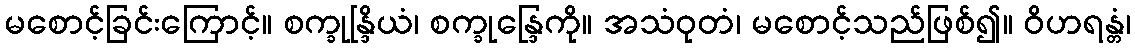
မစောင့်ခြင်းကြောင့်။ စက္ခုန္ဒြိယံ၊ စက္ခုန္ဒြေကို။ အသံဝုတံ၊ မစောင့်သည်ဖြစ်၍။ ဝိဟရန္တံ၊